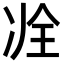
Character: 𠗎